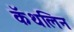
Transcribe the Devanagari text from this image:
कॅथलिन